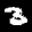
Label: 3